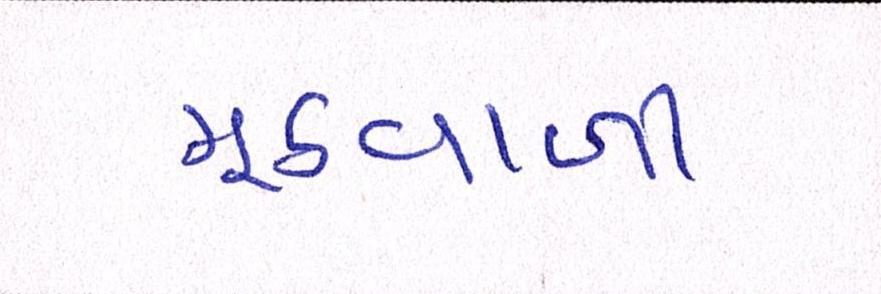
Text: મૂઠવાળી